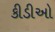
કીડીઓ